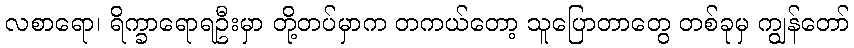
လစာရော၊ ရိက္ခာရောရဦးမှာ တို့တပ်မှာက တကယ်တော့ သူပြောတာတွေ တစ်ခုမှ ကျွန်တော်